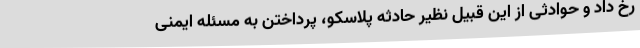
رخ داد و حوادثی از این قبیل نظیر حادثه پلاسکو، پرداختن به مسئله ایمنی